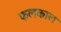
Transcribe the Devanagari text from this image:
फलकाल